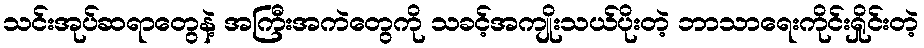
သင်းအုပ်ဆရာတွေနဲ့ အကြီးအကဲတွေကို သခင့်အကျိုးသယ်ပိုးတဲ့ ဘာသာရေးကိုင်းရှိုင်းတဲ့